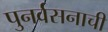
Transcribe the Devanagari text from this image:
पुनर्वसनाची